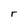
Character: r